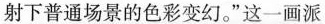
射下普通场景的色彩变幻。”这一画派